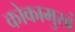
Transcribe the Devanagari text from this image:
कोकामुखं